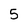
Character: 5